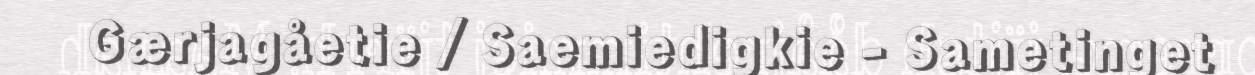
Gærjagåetie / Saemiedigkie - Sametinget